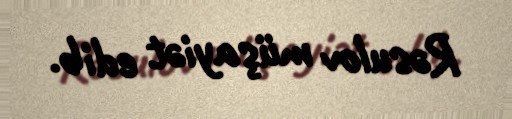
Rəsulov müşayiət edib.